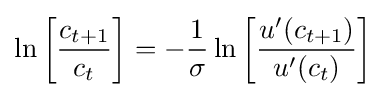
\ln \left[{\frac {c_{t+1}}{c_{t}}}\right]=-{\frac {1}{\sigma }}\ln \left[{\frac {u'(c_{t+1})}{u'(c_{t})}}\right]